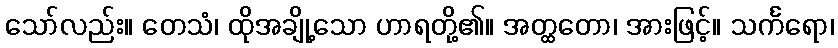
သော်လည်း။ တေသံ၊ ထိုအချို့သော ဟာရတို့၏။ အတ္ထတော၊ အားဖြင့်။ သင်္ကရော၊